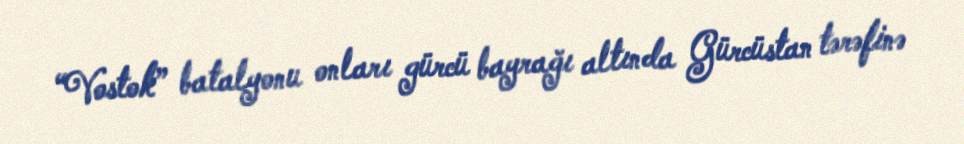
“Vostok” batalyonu onları gürcü bayrağı altında Gürcüstan tərəfinə